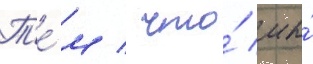
Т'е́м / что́ мы́